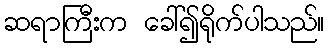
ဆရာကြီးက ခေါ်၍ရိုက်ပါသည်။